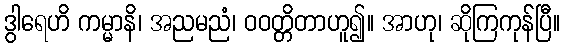
ဒွါရေဟိ ကမ္မာနိ၊ အညမညံ၊ ဝဝတ္တိတာဟူ၍။ အာဟု၊ ဆိုကြကုန်ပြီ။